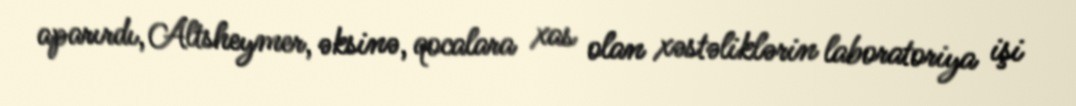
aparırdı, Altsheymer, əksinə, qocalara xas olan xəstəliklərin laboratoriya işi